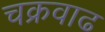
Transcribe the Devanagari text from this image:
चक्रवाढ